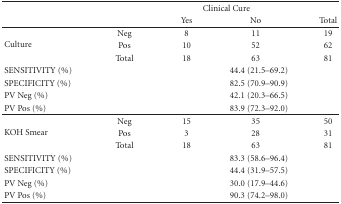
|  |  | <COLSPAN=2> Clinical Cure |
 |  |  | Yes | No |
 | --- | --- | --- | --- |
 | <ROWSPAN=3> Culture | Neg | 8 | 11 |
 | Pos | 10 | 52 |
 | Total | 18 | 63 |
 | SENSITIVITY (%) |  | <COLSPAN=3> 44.4 (21.5–69.2) |
 | SPECIFICITY (%) |  | <COLSPAN=3> 82.5 (70.9–90.9) |
 | PV Neg (%) |  | <COLSPAN=3> 42.1 (20.3–66.5) |
 | PV Pos (%) |  | <COLSPAN=3> 83.9 (72.3–92.0) |
 | <ROWSPAN=3> KOH Smear | Neg | 15 | 35 |
 | Pos | 3 | 28 |
 | Total | 18 | 63 |
 | SENSITIVITY (%) |  | <COLSPAN=3> 83.3 (58.6–96.4) |
 | SPECIFICITY (%) |  | <COLSPAN=3> 44.4 (31.9–57.5) |
 | PV Neg (%) |  | <COLSPAN=3> 30.0 (17.9–44.6) |
 | PV Pos (%) |  | <COLSPAN=3> 90.3 (74.2–98.0) |